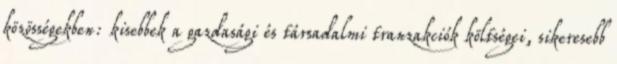
közösségekben: kisebbek a gazdasági és társadalmi tranzakciók költségei, sikeresebb